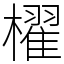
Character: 櫂